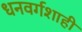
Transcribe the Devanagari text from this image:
धनवर्गशाही